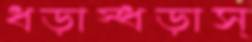
ধড়াস্‌ধড়াস্‌